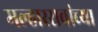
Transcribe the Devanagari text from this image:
मल्हाररावांच्या